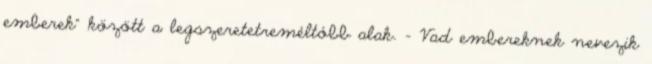
emberek" között a legszeretetreméltóbb alak. - Vad embereknek nevezik